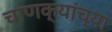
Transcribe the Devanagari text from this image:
चाणक्यांच्या